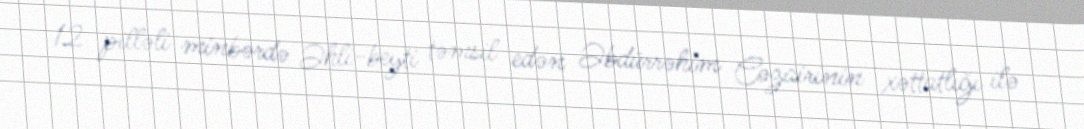
12 pilləli minbərdə Əhli-beyti təmsil edən Əbdürrəhim Cəzairinin xəttatlığı ilə